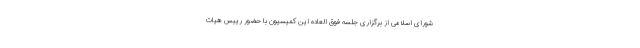
شورای اسلامی از برگزاری جلسه فوق العاده این کمیسیون با حضور رییس هیات